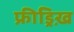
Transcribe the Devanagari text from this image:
फ्रीड्रिख़